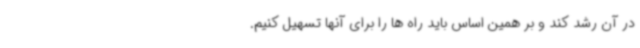
در آن رشد کند و بر همین اساس باید راه ها را برای آنها تسهیل کنیم.